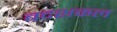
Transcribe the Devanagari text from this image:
बदशकल